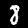
Digit: 8